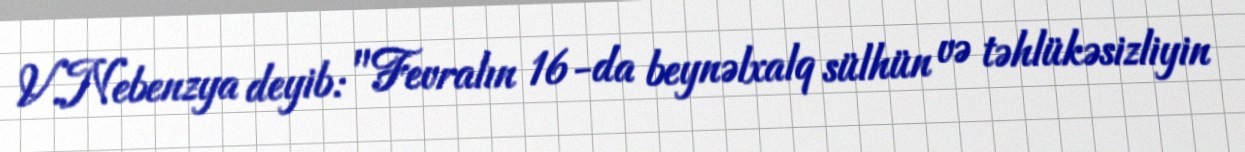
V.Nebenzya deyib: "Fevralın 16-da beynəlxalq sülhün və təhlükəsizliyin